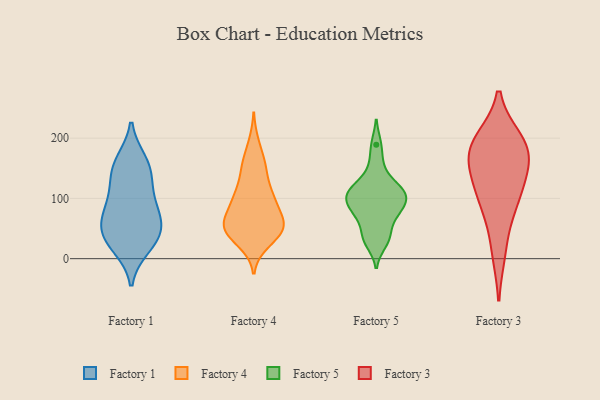
{"axis": {"x": "Demand Index", "y": "Value"}, "legend": ["Factory 1", "Factory 3", "Factory 4", "Factory 5"], "data": [{"x": "", "y": 96, "type": "Factory 1"}, {"x": "", "y": 20, "type": "Factory 1"}, {"x": "", "y": 148, "type": "Factory 1"}, {"x": "", "y": 57, "type": "Factory 1"}, {"x": "", "y": 37, "type": "Factory 1"}, {"x": "", "y": 69, "type": "Factory 1"}, {"x": "", "y": 119, "type": "Factory 1"}, {"x": "", "y": 81, "type": "Factory 1"}, {"x": "", "y": 46, "type": "Factory 1"}, {"x": "", "y": 29, "type": "Factory 1"}, {"x": "", "y": 152, "type": "Factory 1"}, {"x": "", "y": 161, "type": "Factory 1"}, {"x": "", "y": 158, "type": "Factory 4"}, {"x": "", "y": 107, "type": "Factory 4"}, {"x": "", "y": 65, "type": "Factory 4"}, {"x": "", "y": 54, "type": "Factory 4"}, {"x": "", "y": 111, "type": "Factory 4"}, {"x": "", "y": 91, "type": "Factory 4"}, {"x": "", "y": 55, "type": "Factory 4"}, {"x": "", "y": 47, "type": "Factory 4"}, {"x": "", "y": 191, "type": "Factory 4"}, {"x": "", "y": 99, "type": "Factory 4"}, {"x": "", "y": 63, "type": "Factory 4"}, {"x": "", "y": 41, "type": "Factory 4"}, {"x": "", "y": 50, "type": "Factory 4"}, {"x": "", "y": 61, "type": "Factory 4"}, {"x": "", "y": 100, "type": "Factory 4"}, {"x": "", "y": 27, "type": "Factory 4"}, {"x": "", "y": 36, "type": "Factory 4"}, {"x": "", "y": 149, "type": "Factory 4"}, {"x": "", "y": 150, "type": "Factory 4"}, {"x": "", "y": 122, "type": "Factory 5"}, {"x": "", "y": 35, "type": "Factory 5"}, {"x": "", "y": 108, "type": "Factory 5"}, {"x": "", "y": 74, "type": "Factory 5"}, {"x": "", "y": 121, "type": "Factory 5"}, {"x": "", "y": 41, "type": "Factory 5"}, {"x": "", "y": 88, "type": "Factory 5"}, {"x": "", "y": 105, "type": "Factory 5"}, {"x": "", "y": 189, "type": "Factory 5"}, {"x": "", "y": 106, "type": "Factory 5"}, {"x": "", "y": 81, "type": "Factory 5"}, {"x": "", "y": 155, "type": "Factory 5"}, {"x": "", "y": 72, "type": "Factory 5"}, {"x": "", "y": 26, "type": "Factory 5"}, {"x": "", "y": 102, "type": "Factory 5"}, {"x": "", "y": 75, "type": "Factory 3"}, {"x": "", "y": 168, "type": "Factory 3"}, {"x": "", "y": 11, "type": "Factory 3"}, {"x": "", "y": 102, "type": "Factory 3"}, {"x": "", "y": 197, "type": "Factory 3"}, {"x": "", "y": 183, "type": "Factory 3"}, {"x": "", "y": 138, "type": "Factory 3"}, {"x": "", "y": 115, "type": "Factory 3"}, {"x": "", "y": 168, "type": "Factory 3"}, {"x": "", "y": 196, "type": "Factory 3"}]}